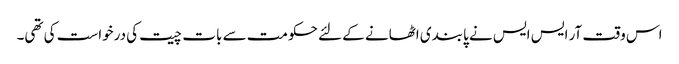
اس وقت آر ایس ایس نے پابندی اٹھانے کے لئے حکومت سے بات چیت کی درخواست کی تھی۔